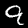
Digit: 9